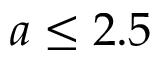
a \leq 2 . 5